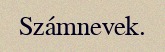
Számnevek.